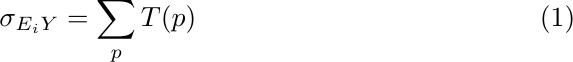
\begin{equation}
\label{eq:sigma-EY-path}
    \sigma_{E_iY} = \sum_p T(p)
\end{equation}